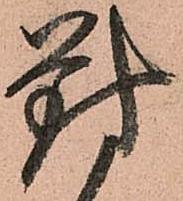
對